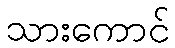
သားကောင်